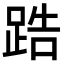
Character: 𨁒